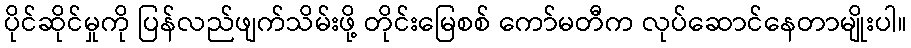
ပိုင်ဆိုင်မှုကို ပြန်လည်ဖျက်သိမ်းဖို့ တိုင်းမြေစစ် ကော်မတီက လုပ်ဆောင်နေတာမျိုးပါ။